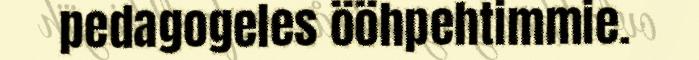
pedagogeles ööhpehtimmie.